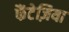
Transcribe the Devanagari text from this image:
फैंटेज़िया